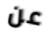
عن